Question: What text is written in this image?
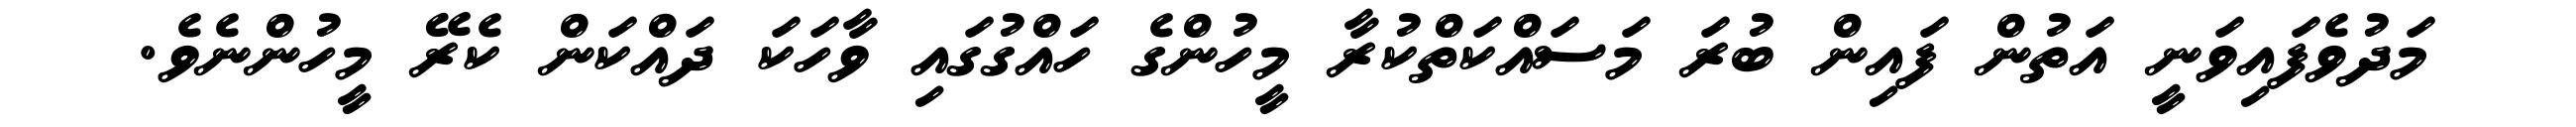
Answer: މަދުވެފައިވަނީ އަތުން ފައިން ބުރަ މަސައްކަތްކުރާ މީހުންގެ ހައްގުގައި ވާހަކަ ދައްކަން ކެރޭ މީހުންނެވެ.